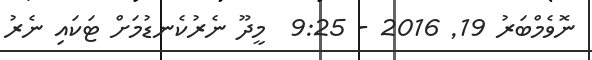
ނޮވެމްބަރު 19